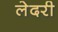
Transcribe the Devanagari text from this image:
लेदरी